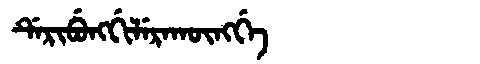
Manchu: ᡩᡝᡵᡳᠪᡠᠩᡤᡳᠯᡝᡵᠠᡴᡡᠩᡤᡝ
Romanization: DERIBUNGGILERAKŪNGGE